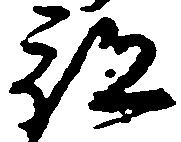
部